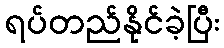
ရပ်တည်နိုင်ခဲ့ပြီး